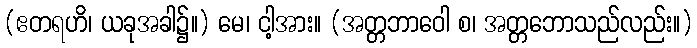
(ဧတရဟိ၊ ယခုအခါ၌။) မေ၊ ငါ့အား။ (အတ္တဘာဝေါ စ၊ အတ္တဘောသည်လည်း။)